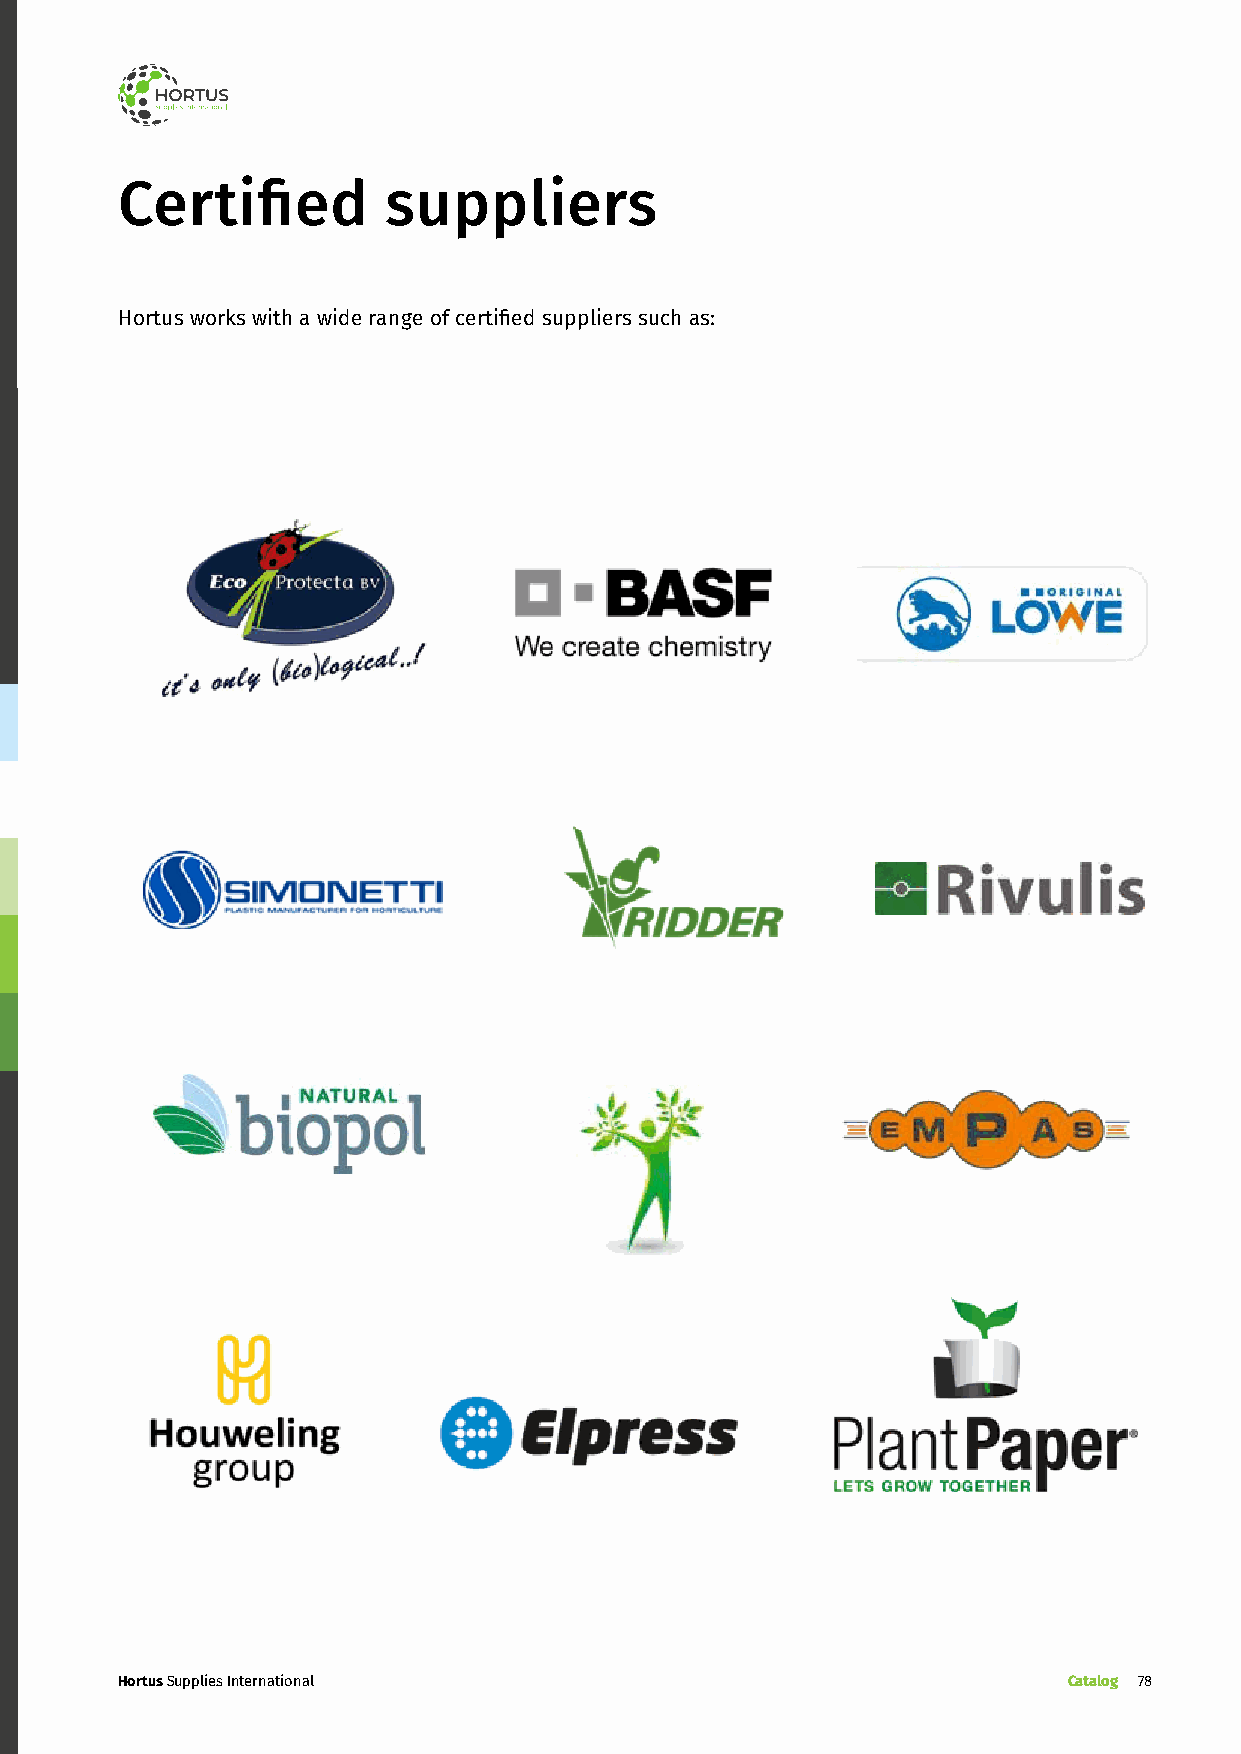
Certified        suppliers
 Hortus works with a wide range of certified suppliers such as:
 Hortus Supplies International                                  Catalog 78